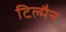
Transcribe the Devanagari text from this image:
टिल्मैन